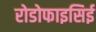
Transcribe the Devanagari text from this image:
रोडोफाइसिई